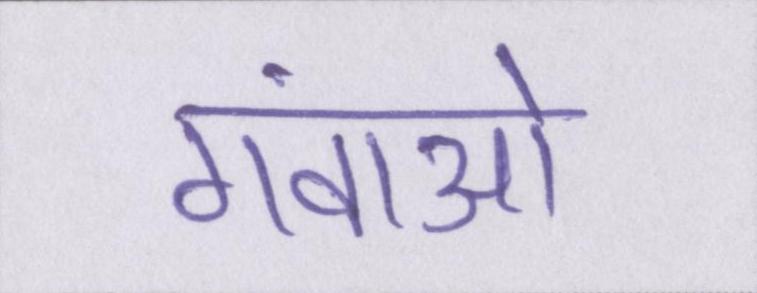
गंवाओ